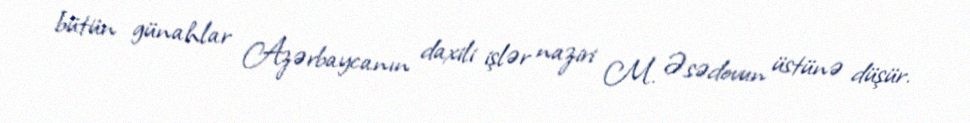
bütün günahlar Azərbaycanın daxili işlər naziri M. Əsədovun üstünə düşür.